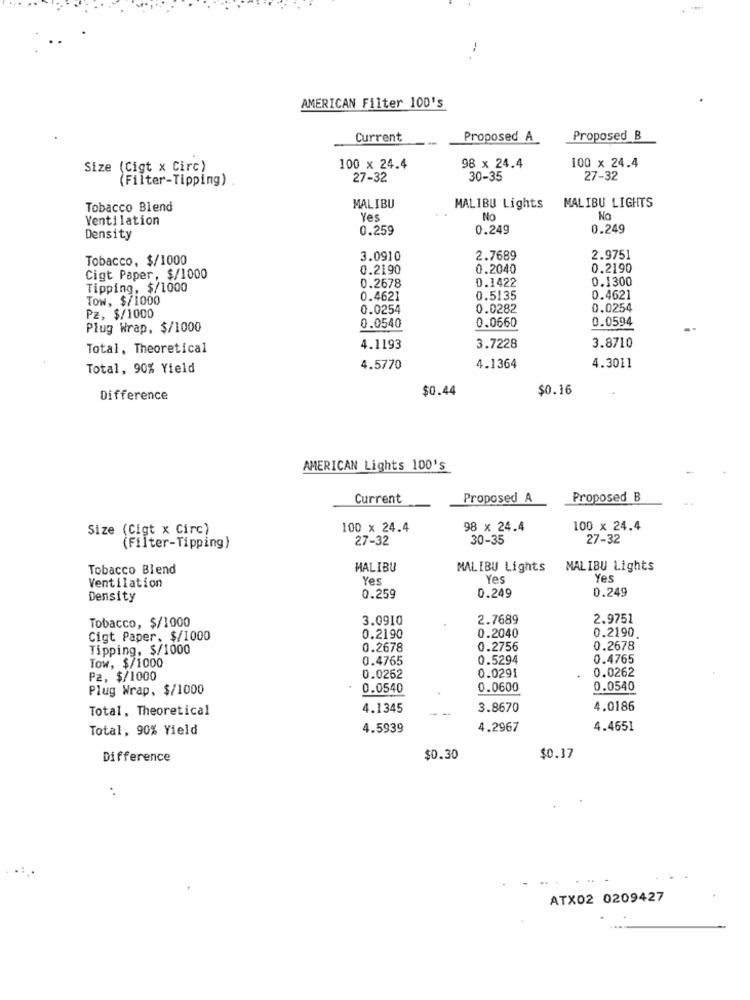
-
AMERICAN Filter 100's
Current
Proposed A
Proposed B
Size (Cigt x Circ)
100 x 24.4
98 x 24.4
100 x 24.4
(Filter-Tipping)
27-32
30-35
27-32
MALIBU
Tobacco Blend
MALIBU Lights
MALIBU LIGHTS
Ventilation
Yes
No
No
0.259
0.249
0.249
Density
Tobacco, $/1000
3.0910
2.7689
2.9751
0.2190
0.2040
0.2190
Cigt Paper, $/1000
0.1422
0.1300
Tipping, $/1000
0.2678
Tow, $/1000
0.4621
0.5135
0.4621
0.0254
0.0282
0.0254
Pz, $/1000
0.0594
Plug Wrap, $/1000
0.0540
0.0660
Total, Theoretical
4.1193
3.7228
3.8710
Total, 90% Yield
4.5770
4.1364
4.3011
$0.44
$0.16
Difference
AMERICAN Lights 100's
Current
Proposed A
Proposed B
Size (Cigt x Circ)
100 x 24.4
98 x 24.4
100 x 24.4
27-32
30-35
27-32
(Filter-Tipping)
Tobacco Blend
MALIBU
MALIBU Lights
MALIBU Lights
Ventilation
Yes
Yes
Yes
0.249
Density
0.259
0.249
Tobacco, $/1000
3.0910
2.7689
2.9751
0.2040
0.2190
Cigt Paper. $/1000
0.2190
Tipping, $/1000
0.2678
0.2756
0.2678
0.4765
0.5294
0.4765
Tow, $/1000
0.0291
0.0262
Pz, $/1000
0.0262
Plug Wrap, $/1000
0.0540
0.0600
0.0540
Total, Theoretical
4.1345
3.8670
4.0186
Total, 90% Yield
4.5939
4.2967
4.4651
Difference
$0.30
$0.37
ATX02 0209427